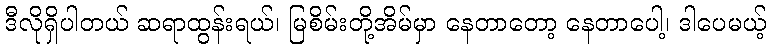
ဒီလိုရှိပါတယ် ဆရာထွန်းရယ်၊ မြစိမ်းတို့အိမ်မှာ နေတာတော့ နေတာပေါ့၊ ဒါပေမယ့်